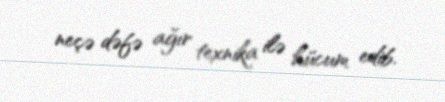
neçə dəfə ağır texnika ilə hücum edib.